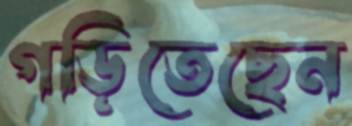
গড়িতেছেন